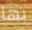
بها